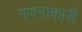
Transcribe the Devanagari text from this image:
गणनाकारी